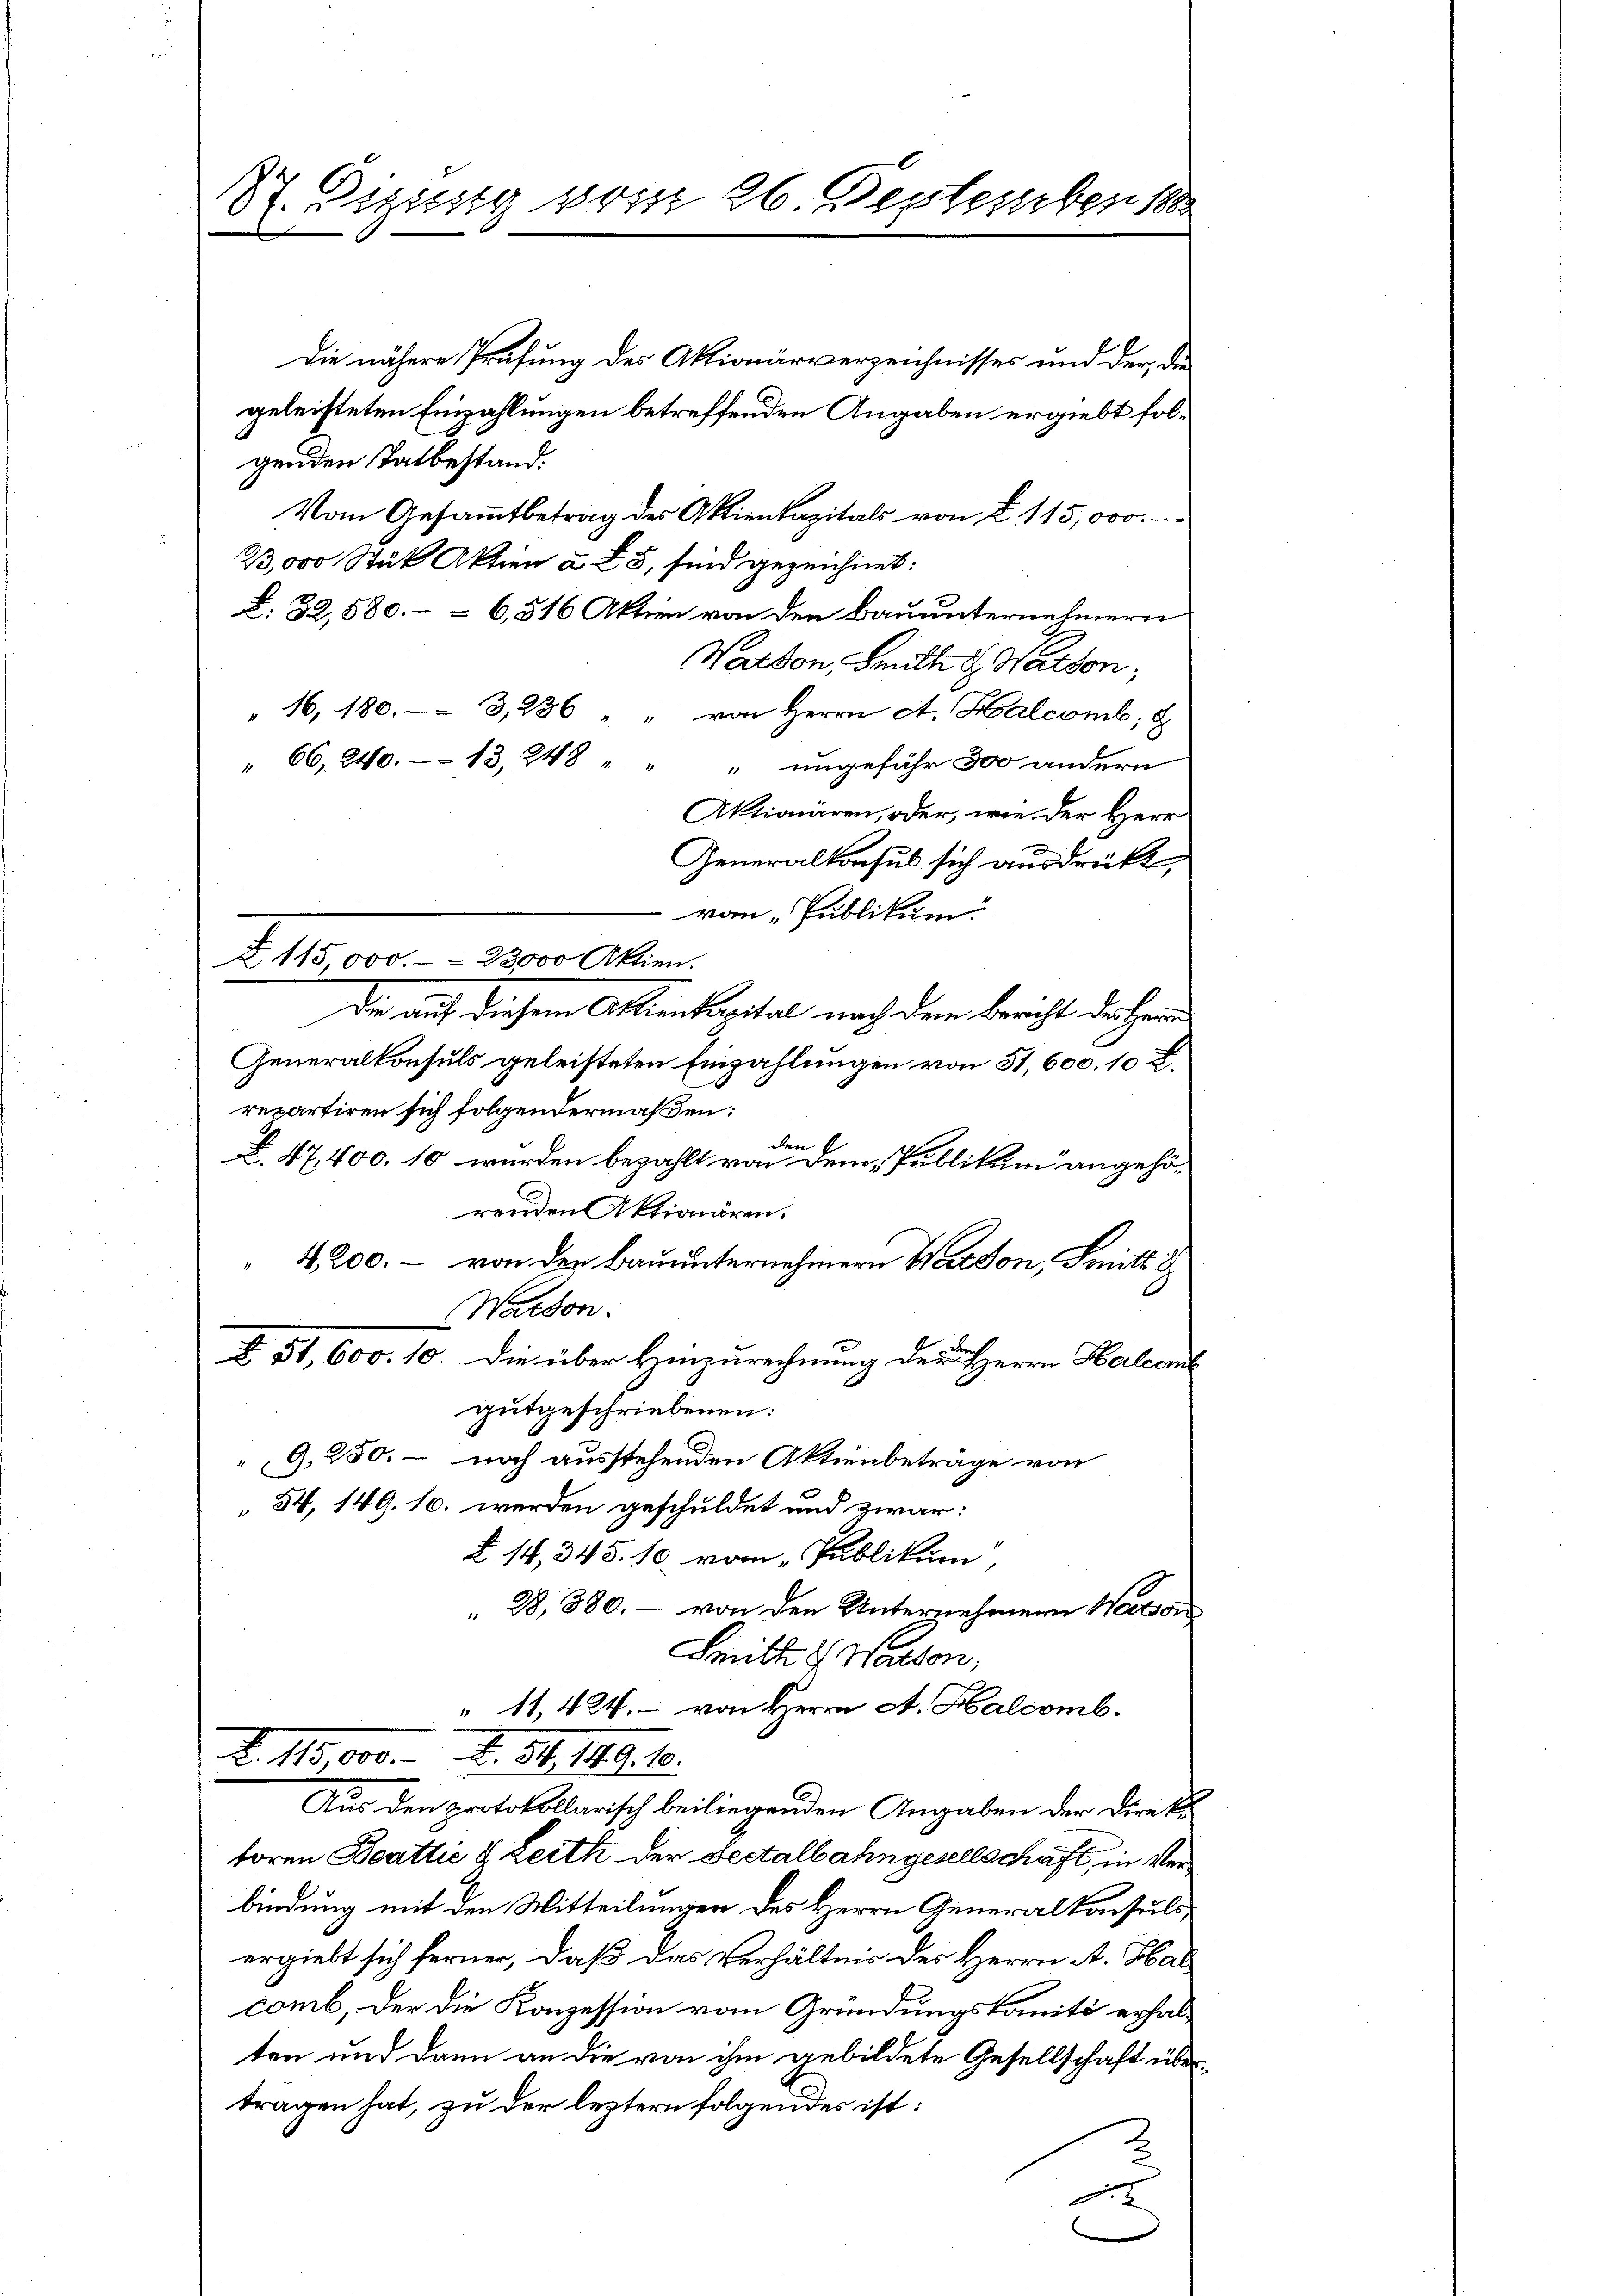
St. Gegeng vom 26. September 18

Die nähere Prüfung des Aktionärverzeichnisses und der die
geleisteten Einzahlungen betreffenden Angaben ergiebt folgenden Tatbestand.
Vom Gesammtbetrag der Aktienkapitals von § 115,000.
23,000 Stük Aktien à 5, sind gezeichnet:
§. 32,580.– = 6,516 Aktien von den Bauunternehmern
Watten Seilte d. Hardon,
"16, 180. 3, 286 " " von Herrn Act. Halcomb; d
" 66, 240. -- 13, 248 " " " ungefähr 300 andern
Aktionären, oder, wie der Herr
Generalkonsul sich ausdrückt,
von Publikum
Z 115000. - - 23000 Aktien.
Die auf diesem Aktienkapital nach dem Bericht der Herr
Generalkonsuls geleisteten Einzahlungen von 51,600. 10 F
repartiren sich folgendermaßen:
den
B. 47,400. 10 wurden bezahlt von dem Publikum angehörenden Aktionären.
4,200. – von der Bauunternehmern Wardon, Smitt d
Wardon.
Z. 51, 600. 10. Die über Hinzurechnung der Herrn Halcant
gutgeschriebenen:
9.250. – noch ausstehenden Aktienbeträge von
34, 149. 10. werden geschuldet und zwar:
Z 14, 345. 10. vom Publikum,
28,380. - von den Unternehmern Nervon
Smitte u. Warten,
" 11, 424. von Herrn A. Halcomb.
Z. 115. 600. No. 316. 1849. 16.
Aus den protokollarisch beiliegenden Angaben der Direk
toren Beatlić & Leith der Sectalbahngesellschaft in Verbindung mit den Mitteilungen des Herrn Generalkonsuls,
ergiebt sich ferner, daß das Verhältnis des Herrn A. Bal
comb, der die Konzession vom Gründungskomité erhalten und dann an die von ihm gebildete Gesellschaft übertragen hat, zu der leztern folgendes ist:
d